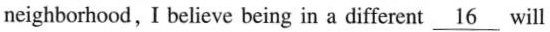
neighborhood，I believe being in a different \underline{16} will